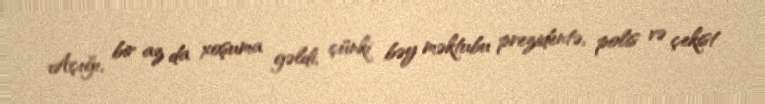
Açığı, bir az da xoşuma gəldi, çünki bəy məktubu prezidentə, polis və çekist